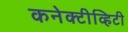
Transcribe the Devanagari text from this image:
कनेक्टीव्हिटी